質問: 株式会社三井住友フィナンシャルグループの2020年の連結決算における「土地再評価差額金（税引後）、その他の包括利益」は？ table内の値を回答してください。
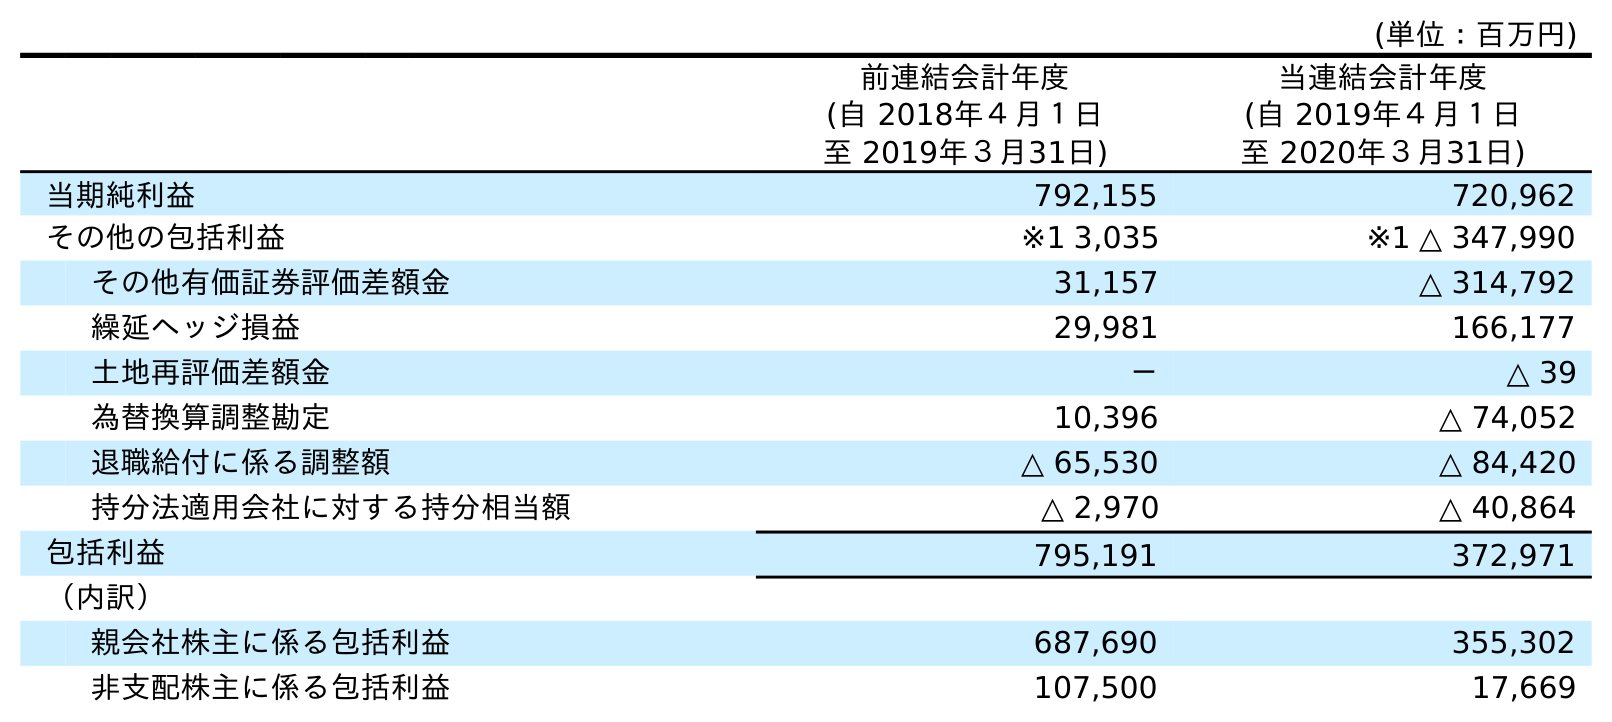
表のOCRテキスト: (単位：百万円) 前連結会計年度 (自 2018年４月１日 至 2019年３月31日) 当連結会計年度 (自 2019年４月１日 至 2020年３月31日) 当期純利益 792,155 720,962 その他の包括利益 ※1 3,035 ※1 △ 347,990 その他有価証券評価差額金 31,157 △ 314,792 繰延ヘッジ損益 29,981 166,177 土地再評価差額金 － △ 39 為替換算調整勘定 10,396 △ 74,052 退職給付に係る調整額 △ 65,530 △ 84,420 持分法適用会社に対する持分相当額 △ 2,970 △ 40,864 包括利益 795,191 372,971 （内訳） 親会社株主に係る包括利益 687,690 355,302 非支配株主に係る包括利益 107,500 17,669
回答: △39